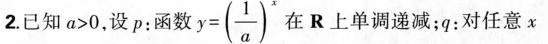
2.已知$$a > 0$$，设p：函数 $$y =( \frac { 1 } { a } ) ^ { x }$$ 在R上单调递减；q：对任意x